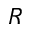
R